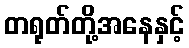
တရုတ်တို့အနေနှင့်